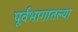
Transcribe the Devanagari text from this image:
पूर्वभागातल्या